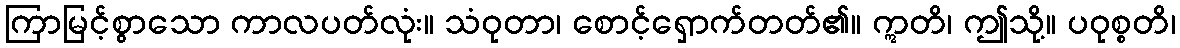
ကြာမြင့်စွာသော ကာလပတ်လုံး။ သံဝုတာ၊ စောင့်ရှောက်တတ်၏။ ဣတိ၊ ဤသို့။ ပဝုစ္စတိ၊